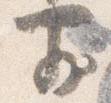
前